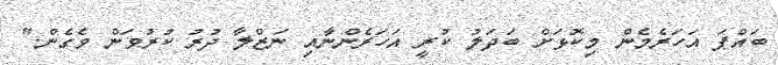
ބައްޕަ އަހަރެމެން މިކޮޅަށް ބަދަލު ކުރީ އަހަރެންނާއި ނަޒްލާ ދުރު ކުރުވަން ވެގެން."